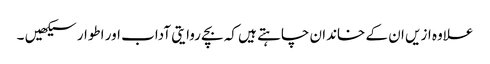
علاوہ ازیں ان کے خاندان چاہتے ہیں کہ بچے روایتی آداب اور اطوار سیکھیں ۔